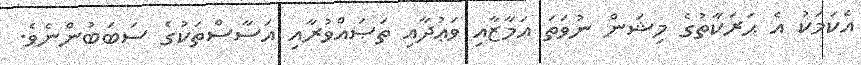
އެކަމަކު އެ ޙަރަކާތުގެ މިޝަން ނުވަތަ އަމާޒާއި ވަޢުދާއި ތަޞައްވުރާއި އަސާސްތަކުގެ ސަބަބުންނެވެ.